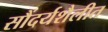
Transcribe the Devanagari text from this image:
सौंदर्यशैलीत